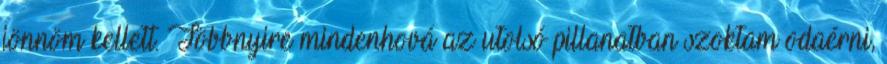
jönnöm kellett. Többnyire mindenhová az utolsó pillanatban szoktam odaérni,